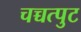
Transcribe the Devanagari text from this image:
चच्चत्पुट